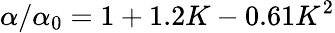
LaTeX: {\alpha}/{\alpha_{0}}=1+1.2K-0.61K^{2}